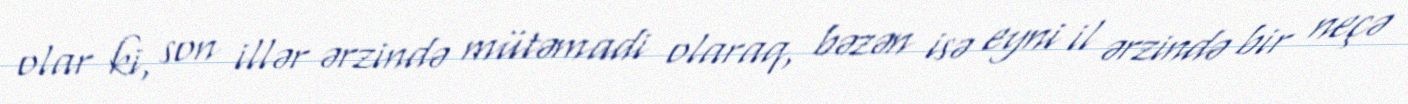
olar ki, son illər ərzində mütəmadi olaraq, bəzən isə eyni il ərzində bir neçə